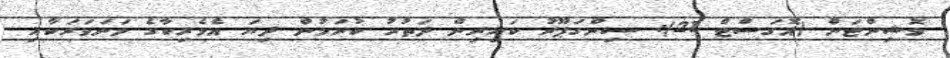
ވޮޝިންޓަން (އޮގަސްޓް 21): ސިންގަޕޫރު ކައިރިން ދަތުރު ކުރަމުން ދިޔަ އެމެރިކާގެ މަނަވަރަކާއި